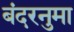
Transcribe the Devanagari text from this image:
बंदरनुमा